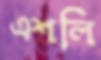
এশলি